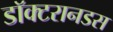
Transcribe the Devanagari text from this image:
डॉक्टरानडस